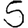
Digit: 5